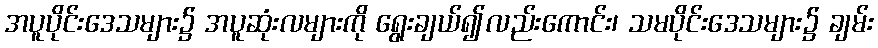
အပူပိုင်းဒေသများ၌ အပူဆုံးလများကို ရွေးချယ်၍လည်းကောင်း၊ သမပိုင်းဒေသများ၌ ချမ်း